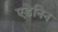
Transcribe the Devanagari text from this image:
एडेनिन